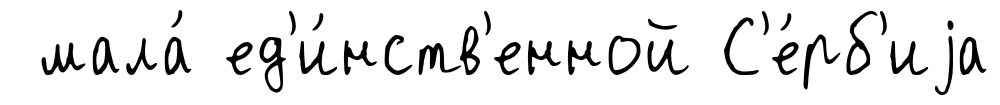
мала́ ед'и́нств'енной С'е́рб'иjа